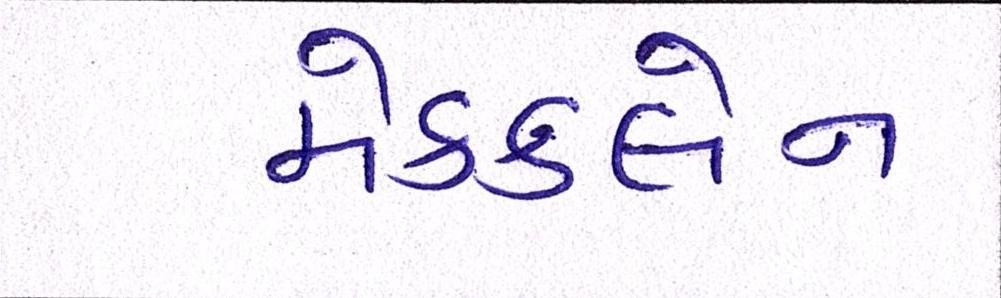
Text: મેકક્લેન